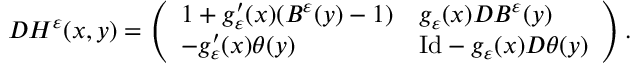
\begin{array} { r } { D H ^ { \varepsilon } ( x , y ) = \left( \begin{array} { l l } { 1 + g _ { \varepsilon } ^ { \prime } ( x ) ( B ^ { \varepsilon } ( y ) - 1 ) } & { g _ { \varepsilon } ( x ) D B ^ { \varepsilon } ( y ) } \\ { - g _ { \varepsilon } ^ { \prime } ( x ) \theta ( y ) } & { \mathrm { I d } - g _ { \varepsilon } ( x ) D \theta ( y ) } \end{array} \right) . } \end{array}